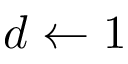
d \leftarrow 1